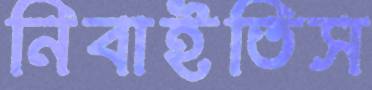
নিবাইতিস